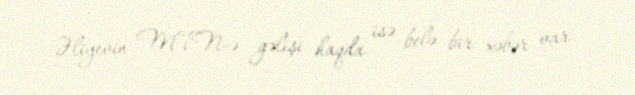
Əliyevin MTN-ə gəlişi haqda isə belə bir xəbər var.